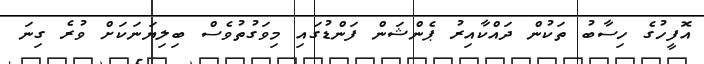
އޮފީހުގެ ހިސާބު ތަކުން ދައްކާއިރު ޕެންޝަން ފަންޑުގައި މިވަގުތުވެސް ބިލިޔަނަކަށް ވުރެ ގިނަ